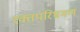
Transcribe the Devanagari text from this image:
रक्तपरिभ्रमण